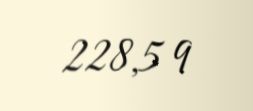
228,5 q